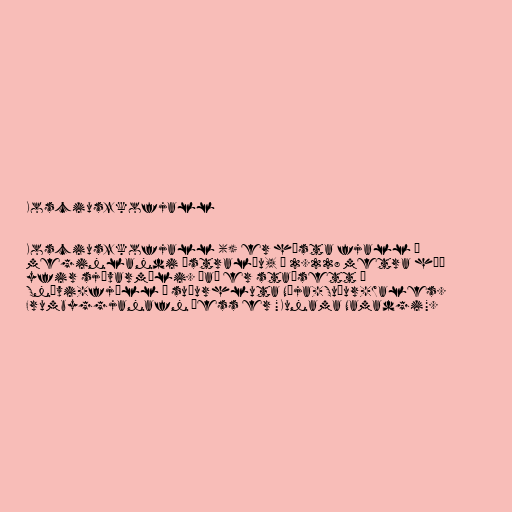
Kosciuszkofjall

Kosciuszkofjall () er hæsta fjall á
meginlandi Ástralíu, í 2.228 metra hæð
yfir sjávarmáli. Það er staðsett í
Snævi-fjöll í suðurhluta Nýja-Suður-Wales.
Frumbyggjanafn þess er "Kunama Namadgi".